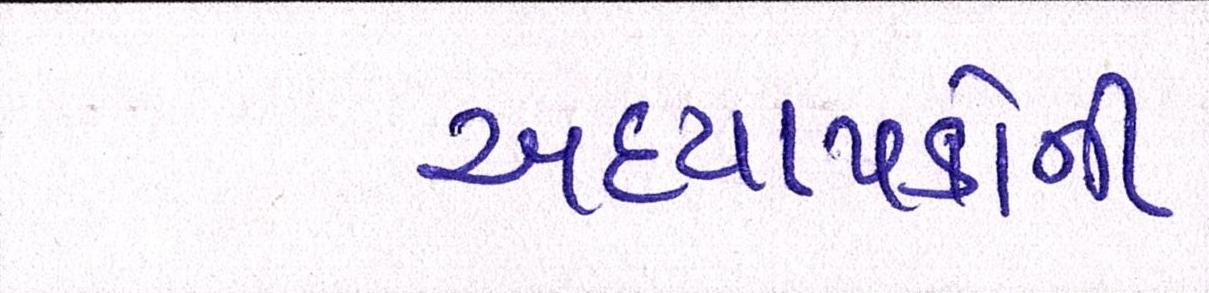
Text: અધ્યાપકોની